On kala azar, malaria and malarial cachexia - Number 19
Disease focus: Malaria
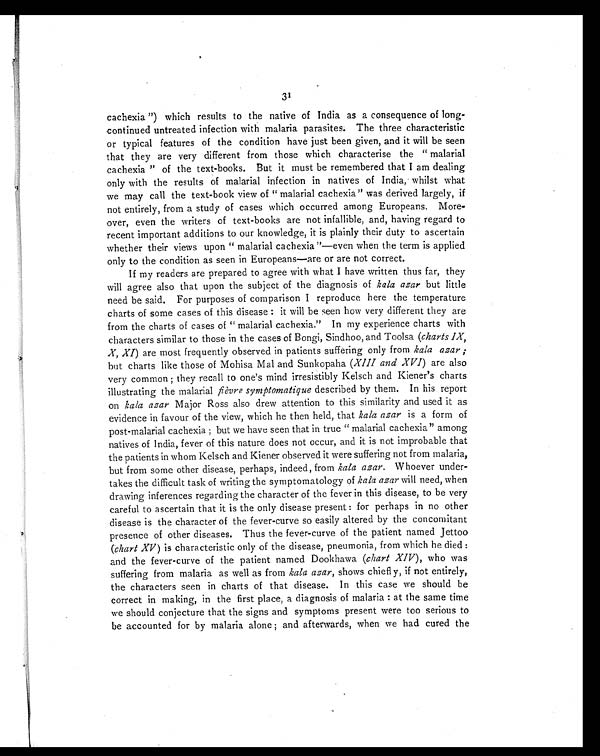
31
cachexia ") which results to the native of India as a consequence of long-
continued untreated infection with malaria parasites. The three characteristic
or typical features of the condition have just been given, and it will be seen
that they are very different from those which characterise the " malarial
cachexia " of the text-books. But it must be remembered that I am dealing
only with the results of malarial infection in natives of India, whilst what
we may call the text-book view of " malarial cachexia" was derived largely, if
not entirely, from a study of cases which occurred among Europeans. More-
over, even the writers of text-books are not infallible, and, having regard to
recent important additions to our knowledge, it is plainly their duty to ascertain
whether their views upon " malarial cachexia "—even when the term is applied
only to the condition as seen in Europeans—are or are not correct.
If my readers are prepared to agree with what I have written thus far, they
will agree also that upon the subject of the diagnosis of kala azar but little
need be said. For purposes of comparison I reproduce here the temperature
charts of some cases of this disease : it will be seen how very different they are
from the charts of cases of " malarial cachexia." In my experience charts with
characters similar to those in the cases of Bongi, Sindhoo, and Toolsa (charts IX,
X, XI) are most frequently observed in patients suffering only from kala azar ;
but charts like those of Mohisa Mal and Sunkopaha (XIII and XVI) are also
very common ; they recall to one's mind irresistibly Kelsch and Kiener's charts
illustrating the malarial fièvre symptomatique described by them. In his report
on kala azar Major Ross also drew attention to this similarity and used it as
evidence in favour of the view, which he then held, that kala azar is a form of
post-malarial cachexia ; but we have seen that in true " malarial cachexia" among
natives of India, fever of this nature does not occur, and it is not improbable that
the patients in whom Kelsch and Kiener observed it were suffering not from malaria,
but from some other disease, perhaps, indeed, from kala azar. Whoever under-
takes the difficult task of writing the symptomatology of kala azar will need, when
drawing inferences regarding the character of the fever in this disease, to be very
careful to ascertain that it is the only disease present : for perhaps in no other
disease is the character of the fever-curve so easily altered by the concomitant
presence of other diseases. Thus the fever-curve of the patient named Jettoo
(chart XV ) is characteristic only of the disease, pneumonia, from which he died :
and the fever-curve of the patient named Dookhawa ( chart XIV), who was
suffering from malaria as well as from kala azar, shows chiefly, if not entirely,
the characters seen in charts of that disease. In this case we should be
correct in making, in the first place, a diagnosis of malaria : at the same time
we should conjecture that the signs and symptoms present were too serious to
be accounted for by malaria alone ; and afterwards, when we had cured the